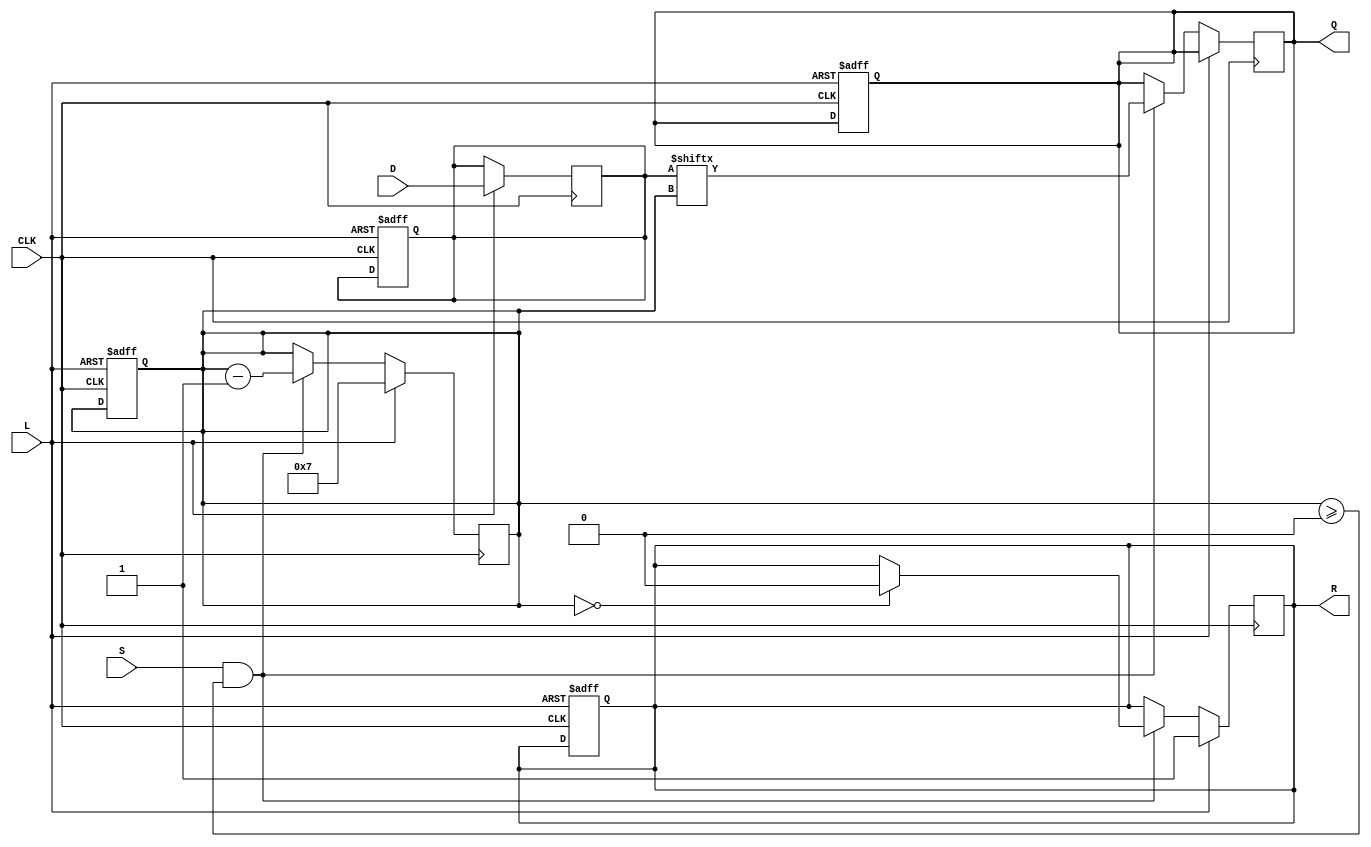
module PISO_Register #(
    parameter WIDTH = 8  // Width of the parallel data input
)(
    input wire [WIDTH-1:0] D,   // Parallel data input
    input wire L,                // Load signal
    input wire CLK,              // Clock signal
    input wire S,                // Shift signal
    output reg Q,                // Serial output
    output reg R                 // Ready signal
);

    reg [WIDTH-1:0] shift_reg;   // Shift register to hold the data
    reg [3:0] bit_count;          // Counter for the number of bits shifted out

    always @(posedge CLK) begin
        if (L) begin
            // Load data into the shift register
            shift_reg <= D;
            bit_count <= WIDTH - 1; // Initialize bit count to the last bit index
            R <= 1'b1;               // Indicate that the register is ready to shift
        end else if (S && bit_count >= 0) begin
            // Shift data out serially
            Q <= shift_reg[bit_count]; // Output the current MSB
            bit_count <= bit_count - 1; // Decrement the bit count
            if (bit_count == 0) begin
                R <= 1'b0; // No more bits to shift, not ready
            end
        end
    end

    // Optional: Reset logic (if needed)
    always @(posedge CLK or negedge L) begin
        if (!L) begin
            shift_reg <= 0; // Reset shift register
            bit_count <= 0;  // Reset bit count
            Q <= 0;          // Reset output
            R <= 0;          // Reset ready signal
        end
    end

endmodule